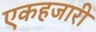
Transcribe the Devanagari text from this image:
एकहजारी